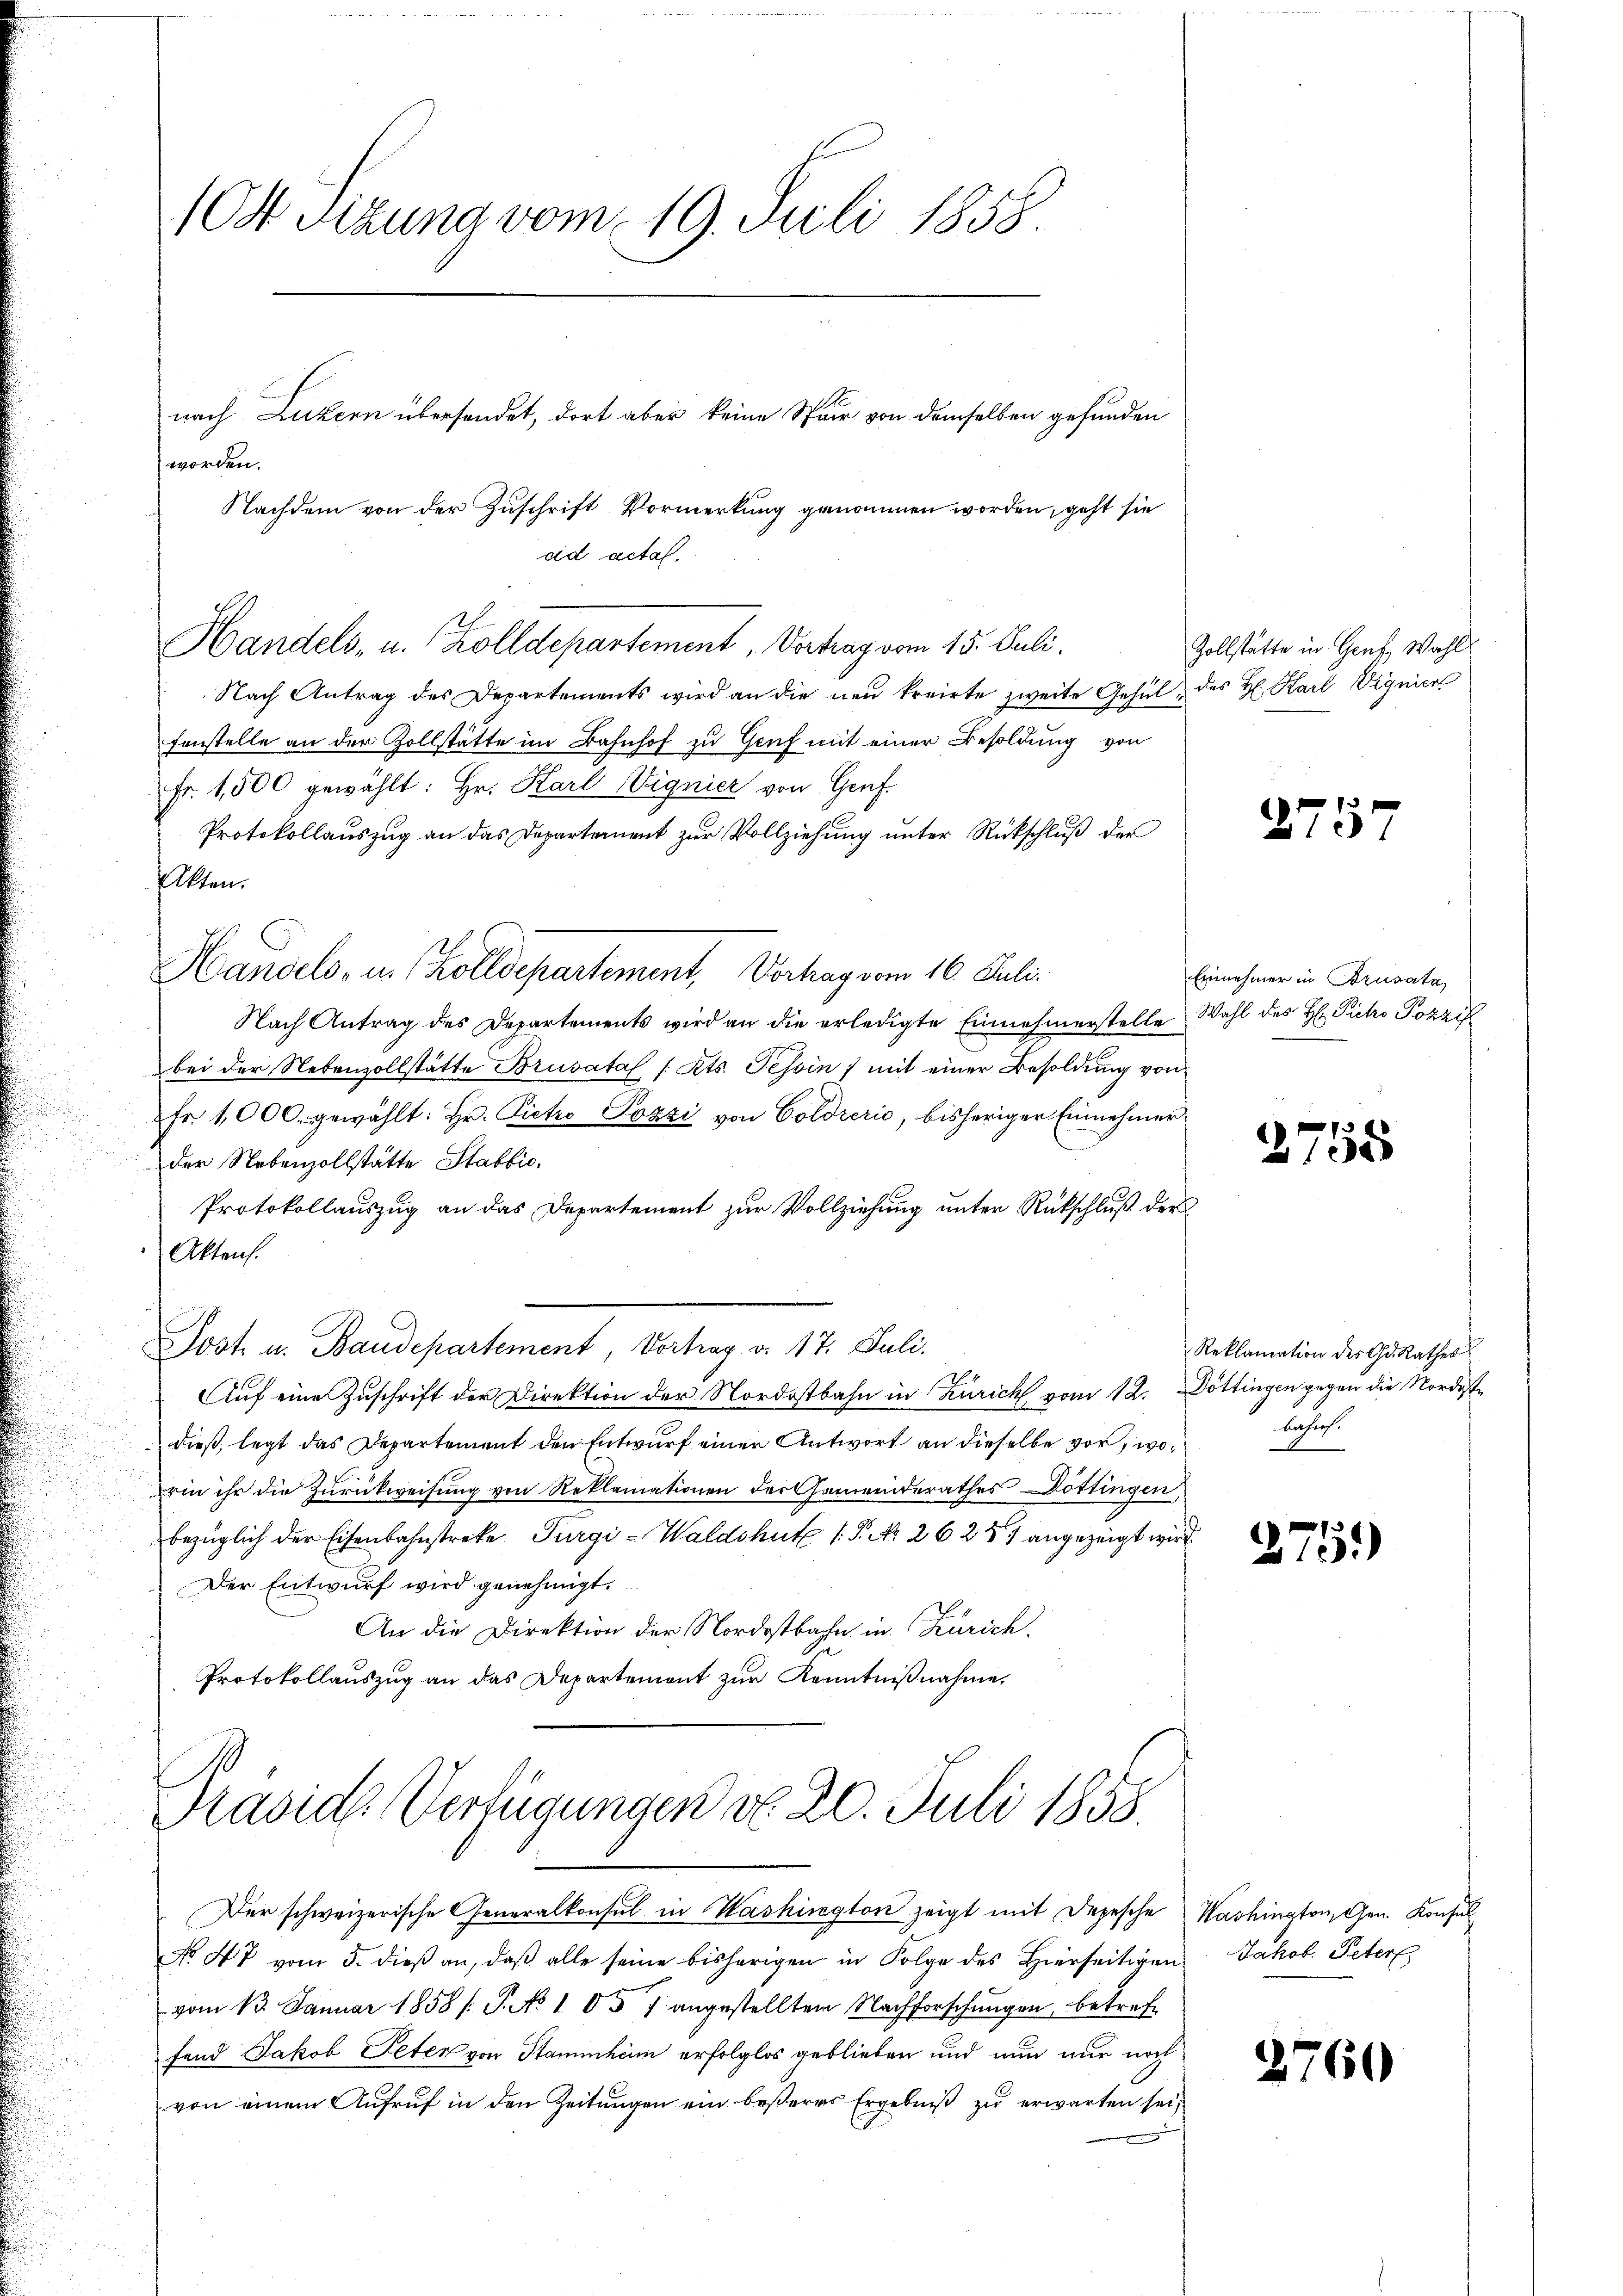
Nach Antrag des Departements wird an die neu kreirte zweite Gehülfenstelle an der Zollstätte im Bahnhof zu Genf mit einer Besoldung von
Fr. 1,500 gewählt: Hr. Karl Vignier von Genf.
Protokollauszug an das Departement zur Vollziehung unter Rückschluß der
Akten.
Handels, in Zolldepartement, Verhag vom 16. Juli.
Nach Antrag des Departements wird an die erledigte Einnahmerstelle Wahl des Hr. Pieto Pozzi
bei der Nebenzollstätte Brusvatal /: Kts. Tessin / mit einer Besoldŭng von
Fr. 1000. gewählt: Hr. Pietro Pozzi von Goldrerio, bisheriger Einnehmer
der Nebenzollstätte Stabbic.
Protokollauszug an das Departement zur Vollziehung unter Rückschluß der
Aktens.
Jost u. Baudepartement, Vortrag v. 17. Juli.
Auf eine Zuschrift der Direktion der Nordostbahn in Zürich vom 12. Döttingen gegen die Nordeste
dieß, legt das Departement den Entwurf einer Antwort an dieselbe vor, worin ihr die Zurückweisung von Reklamationen der Gemeinderathes Döttingen
bezüglich der Eisenbahnstreke Turgi-Waldshut /: P. No 2625 angezeigt wird
Der Entwurf wird genehmigt.
An die Direktion der Nordostbahn in Zürich.
Protokollauszug an das Departemont zur Kenntnißnahme,

1 Okt. Sitzung vom 19. Juli 1858.

worden.

Handels, u. Zolldepartement, Vertrag vom 15. Juli.

nach Luzern übersendet, dort aber keine Spur von demselben gefunden
Nachdem von der Zuschrift Vormerkung genommen worden, geht sie
eid actal.

Der schweizerische Generalkonsul in Washington zeigt mit Depesche
No 47 vom 5. dieβ an, daβ alle seine bisherigen in Folge des hierseitigen Jakob. Peter
vom 13. Januar 1858 / P. No 105 7 angestellten Nachforschŭngen, betreffand Jakob Peten von Stammham erfolglos geblieben und nun nur noch
von einem Aufruf in den Zeitungen ein beßeres Ergebniß zu erwarten sei,

Präsid. Verfügungen d. 20. Juli 1858.

Zollstätte in Genf, Wahl
des H. Karl Wignier

2757

Einnehmer in Brusata,

2755

Reklamation des Gr. Rathes
bahres.
e

275.)

Washington Gen. Konsul

2760